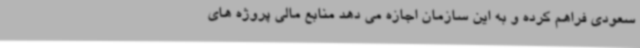
سعودی فراهم کرده و به این سازمان اجازه می دهد منابع مالی پروژه های